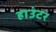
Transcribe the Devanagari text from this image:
हाउंटर